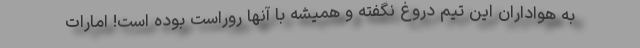
به هواداران این تیم دروغ نگفته و همیشه با آنها روراست بوده است! امارات